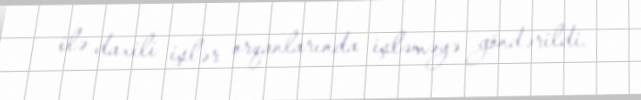
ilə daxili işlər orqanlarında işləməyə göndərildi.